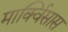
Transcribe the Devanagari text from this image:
मार्क्विसास